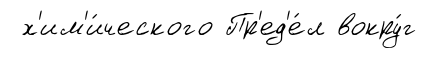
х'им'и́ческого Пр'ед'е́л вокру́г